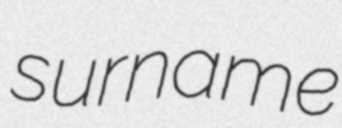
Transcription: surname